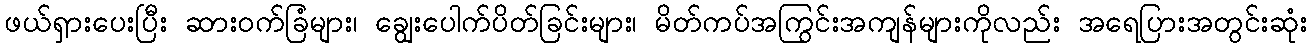
ဖယ်ရှားပေးပြီး ဆားဝက်ခြံများ၊ ချွေးပေါက်ပိတ်ခြင်းများ၊ မိတ်ကပ်အကြွင်းအကျန်များကိုလည်း အရေပြားအတွင်းဆုံး